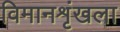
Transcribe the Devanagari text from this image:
विमानशृंखला